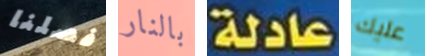
فصلنا بالنار عادلة عليك